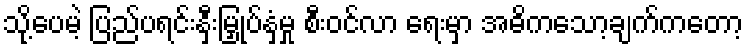
သို့ပေမဲ့ ပြည်ပရင်းနှီးမြှုပ်နှံမှု စီးဝင်လာ ရေးမှာ အဓိကသော့ချက်ကတော့